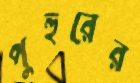
পুহুরের